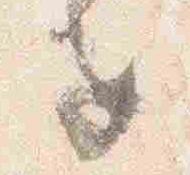
子